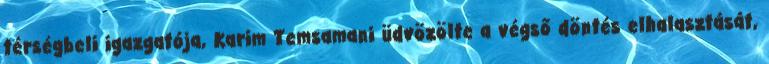
térségbeli igazgatója, Karim Temsamani üdvözölte a végső döntés elhalasztását,